Vaccination United Provinces of Agra and Oudh 1902-1913 - 1902-1913
Year: 1902
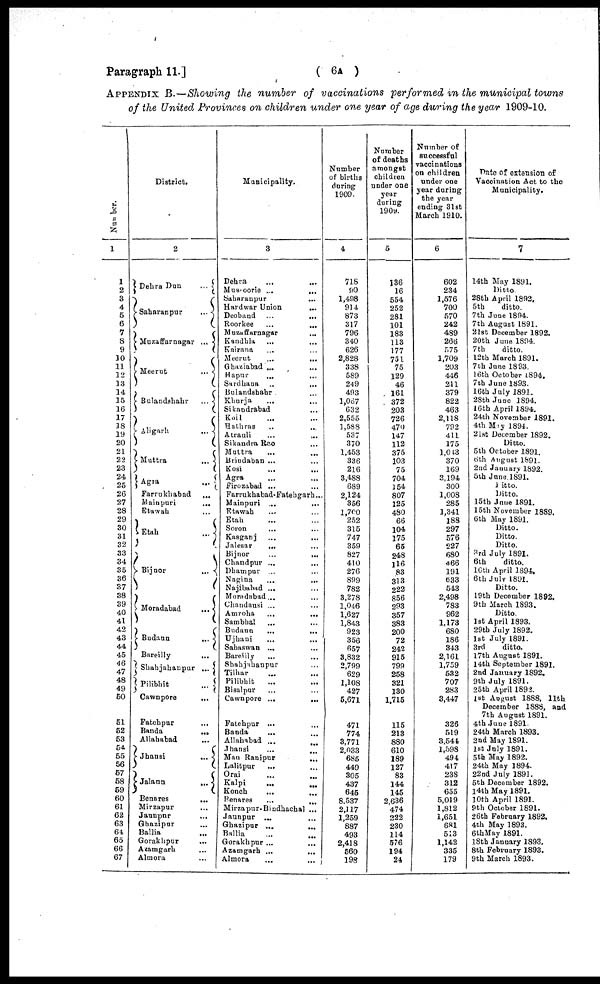
Paragraph 11.]
( 6A )
APPENDIX B.—Showing the number of vaccinations performed in the municipal towns
of the United Provinces on children under one year of age during the year 1909-10.
Number.
1
1
2
3
4
5
6
7
8
9
30
11
12
13
14
15
16
17
38
19
20
21
22
23
24
25
26
27
28
29
30
31
32
33
34
35
36
37
38
39
40
41
42
43
44
45
46
47
48
49
60
51
52
53
54
55
56
57
58
59
60
61
62
63
64
65
66
67
District.
2
Dehra Dun
...
Saharanpur
...
Muzaffarnagar ...
Meerut
...
Bulandshahr
...
Aligarh
...
Muttra
...
Agra
...
Farrukhabad
...
Mainpuri ...
Etawah ...
Etah
...
Bijnor
...
Moradabad
...
Budaun
...
Bareilly
...
Shahjahanpur ...
Pilibhit
...
Cawnpore
...
Fatehpur ...
Banda
...
Allahabad
...
Jhansi
...
Jalaun
...
Benares
...
Mirzapur ...
Jaunpur ...
Ghazipur ...
Ballia ...
Gorakhpur ...
Azamgarh ...
Almora ...
Municipality.
3
Dehra ... ...
Mussoorie ...
...
Saharanpur ... ...
Hardwar Union
...
Deoband ...
...
Roorkee
...
...
Muzaffarnagar ...
Kandhla ... ...
Kairana ... ...
Meerut
...
...
Ghaziabad ... ...
Hapur ... ...
Sardhana ... ...
Bulandshahr ...
Khurja ... ...
Sikandrabad ... ...
Koil ... ...
Hathras ... ...
Atrauli
...
...
Sikandra Rao ... ...
Muttra ... ...
Brindaban ... ...
Kosi ... ...
Agra
...
...
Firozabad ... ...
Farrukhabad-Fatehgarh ...
Mainpuri ... ...
Etawah ... ...
Etah ... ...
Soron ... ...
Kasganj
...
...
Jalesar
...
Bijnor
...
...
Chandpur
...
...
Dhampur ... ...
Nagina ... ...
Najibabad ... ...
Moradabad ... ...
Chandausi ... ...
Amroha
...
...
Sambhal ... ...
Budaun
...
...
Ujhani ... ...
Sahaswan ... ...
Bareilly ... ...
Shahjahanpur ...
Tilhar ... ...
Pilibhit ... ...
Bisalpur ... ...
Cawnpore ...
...
Fatehpur ... ...
Banda
...
...
Allahabad
...
...
Jhansi
...
...
Mau Ranipur
...
Lalitpur ... ...
Orai ... ...
Kalpi ... ...
Konch
...
...
Benares
...
...
Mirzapur-Bindhachal ...
Jaunpur ...
...
Ghazipur ...
...
Ballia ... ...
Gorakhpur ...
...
Azamgarh ...
...
Almora ... ...
Number
of births
during
1909.
4
718
90
1,498
914
873
317
796
340
626
2,828
338
589
249
493
1,087
632
2,555
1,588
537
370
1,453
336
216
3,488
689
2,124
356
1,700
252
315
747
359
827
410
276
899
782
3,278
1,046
1,627
1,843
923
356
657
3,832
2,799
629
1,108
427
5,671
471
774
3,771
2,033
685
449
305
437
646
8,537
2,117
1,259
887
493
2,418
560
198
Number
of deaths
amongst
children
under one
year
during
1909.
5
136
16
554
252
281
101
183
113
177
751
75
129
46
161
372
203
726
470
147
112
375
103
75
704
154
807
125
480
66
104
175
65
248
116
83
313
222
856
293
357
383
200
72
242
915
799
258
321
130
1,715
115
213
880
610
189
127
83
144
145
2,636
474
222
230
114
576
194
24
Number of
successful
vaccinations
on children
under one
year during
the year
ending 31st
March 1910.
6
602
234
1,576
700
570
242
489
266
575
1,709
203
446
211
379
822
463
2,118
792
411
175
1,043
370
169
3,194
300
1,008
285
1,341
188
297
576
227
680
466
191
633
543
2,498
783
962
1,173
680
186
343
2,161
1,759
532
707
283
3,447
326
519
3,544
1,598
494
417
238
312
655
5,019
1,812
1,651
681
513
1,142
335
179
Date of extension of
Vaccination Act to the
Municipality.
7
14th May 1891.
Ditto.
28th April 1892.
5th
ditto.
7th June 1894.
7th August 1891.
21st December 1892.
20th June 1894.
7th
ditto.
12th March 1891.
7th June 1893.
16th October 1894.
7th June 1893.
16th July 1891.
28th June 3894.
16th April 1894.
24th November 1891.
4th May 1894.
21st December 1892.
Ditto.
5th October 1891.
6th August 1891.
2nd January 1892.
5th June.1891.
Ditto.
Ditto.
15th June 1891.
15th November 1889.
6th May 1891.
Ditto.
Ditto.
Ditto.
3rd July 1891.
6th
ditto.
16th April 1894.
6th July 1891.
Ditto.
19th December 1892.
9th March 1893.
Ditto.
1st April 1893.
29th July 1892.
1st July 1891.
3rd
ditto.
17th August 1891.
14th September 1891.
2nd January 1892.
9th July 1891.
25th April 1893.
1st August 1888, 11th
December 1888, and
7th August 1891.
4th June 1891.
24th March 1893.
2nd May 1891.
1st July 1891.
5th May 1892.
24th May 1894.
22nd July 1891.
5th December 1892.
14th May 1891.
10th April 1891.
9th October 1891.
26th February 1892.
4th May 1893.
6th May 1891.
18th January 1893.
8th February 1893.
9th March 1893.